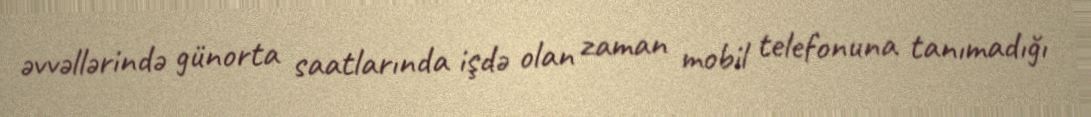
əvvəllərində günorta saatlarında işdə olan zaman mobil telefonuna tanımadığı